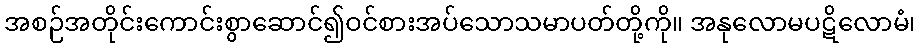
အစဉ်အတိုင်းကောင်းစွာဆောင်၍ဝင်စားအပ်သောသမာပတ်တို့ကို။ အနုလောမပဋိလောမံ၊